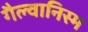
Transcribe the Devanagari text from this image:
गैल्वानिस्म